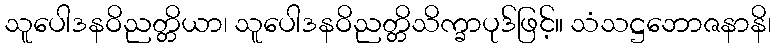
သူပေါဒနဝိညတ္တိယာ၊ သူပေါဒနဝိညတ္တိသိက္ခာပုဒ်ဖြင့်။ သံသဋ္ဌဘောဇနာနိ၊